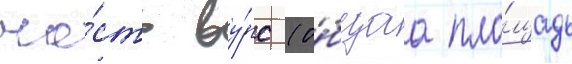
ча́сть ву́рс (о́бщаа пло́щадь